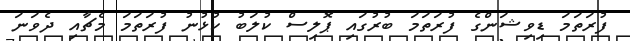
ފުރަތަމަ ޑިވިޝަންގެ ފުރަތަމަ ބުރުގައި ޕޮލިސް ކުލަބު ކުޅުނު ފުރަތަމަ މެޗާއި ދެވަނަ